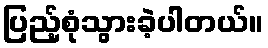
ပြည့်စုံသွားခဲ့ပါတယ်။